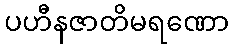
ပဟီနဇာတိမရဏော